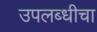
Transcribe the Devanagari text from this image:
उपलब्धीचा